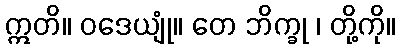
ဣတိ။ ဝဒေယျုံ။ တေ ဘိက္ခု ၊ တို့ကို။